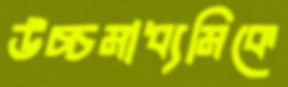
উচ্চমাধ্যমিকে